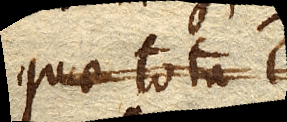
quae tota